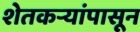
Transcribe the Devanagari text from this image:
शेतकऱ्यांपासून